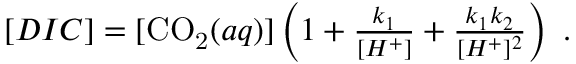
\begin{array} { r } { [ D I C ] = [ \ensuremath { \mathrm { C O _ { 2 } } } ( a q ) ] \left( 1 + \frac { k _ { 1 } } { [ H ^ { + } ] } + \frac { k _ { 1 } k _ { 2 } } { [ H ^ { + } ] ^ { 2 } } \right) \mathrm { ~ . ~ } } \end{array}